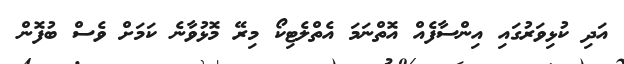
އަދި ކުޅިވަރުގައި އިންސާފެއް އޮތްނަމަ އެތްލެޓިކޯ މިރޭ މޮޅުވާނެ ކަމަށް ވެސް ބުފޮން